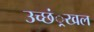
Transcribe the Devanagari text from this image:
उच्छं्रखल